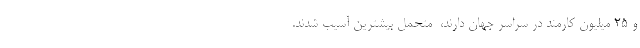
و ٢٥ میلیون کارمند در سراسر جهان دارند، ‌ متحمل بیشترین آسیب شدند.